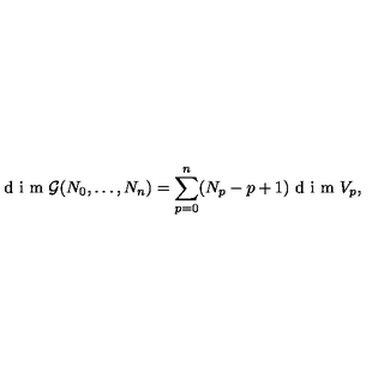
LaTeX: \textrm { d i m } \mathcal { G } ( N _ { 0 } , \ldots , N _ { n } ) = \sum _ { p = 0 } ^ { n } ( N _ { p } - p + 1 ) \textrm { d i m } V _ { p } ,